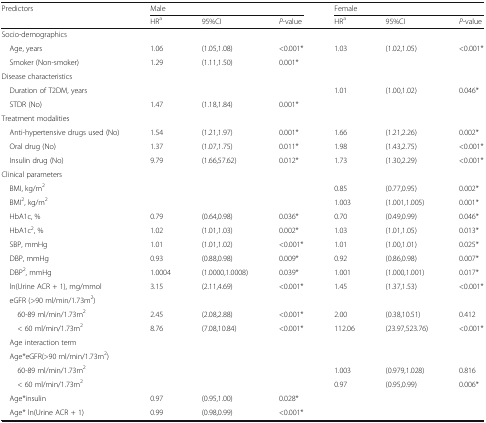
<table><thead><tr><td rowspan="2"><b>Predictors</b></td><td colspan="3"><b>Male</b></td><td colspan="3"><b>Female</b></td></tr><tr><td><b>HR<sup>a</sup></b></td><td><b>95%CI</b></td><td><b><i>P</i>-value</b></td><td><b>HR<sup>a</sup></b></td><td><b>95%CI</b></td><td><b><i>P</i>-value</b></td></tr></thead><tbody><tr><td colspan="7">Socio-demographics</td></tr><tr><td> Age, years</td><td>1.06</td><td>(1.05,1.08)</td><td>&lt;0.001*</td><td>1.03</td><td>(1.02,1.05)</td><td>&lt;0.001*</td></tr><tr><td> Smoker (Non-smoker)</td><td>1.29</td><td>(1.11,1.50)</td><td>0.001*</td><td></td><td></td><td></td></tr><tr><td colspan="7">Disease characteristics</td></tr><tr><td> Duration of T2DM, years</td><td></td><td></td><td></td><td>1.01</td><td>(1.00,1.02)</td><td>0.046*</td></tr><tr><td> STDR (No)</td><td>1.47</td><td>(1.18,1.84)</td><td>0.001*</td><td></td><td></td><td></td></tr><tr><td colspan="7">Treatment modalities</td></tr><tr><td> Anti-hypertensive drugs used (No)</td><td>1.54</td><td>(1.21,1.97)</td><td>0.001*</td><td>1.66</td><td>(1.21,2.26)</td><td>0.002*</td></tr><tr><td> Oral drug (No)</td><td>1.37</td><td>(1.07,1.75)</td><td>0.011*</td><td>1.98</td><td>(1.43,2.75)</td><td>&lt;0.001*</td></tr><tr><td> Insulin drug (No)</td><td>9.79</td><td>(1.66,57.62)</td><td>0.012*</td><td>1.73</td><td>(1.30,2.29)</td><td>&lt;0.001*</td></tr><tr><td colspan="7">Clinical parameters</td></tr><tr><td> BMI, kg/m<sup>2</sup></td><td></td><td></td><td></td><td>0.85</td><td>(0.77,0.95)</td><td>0.002*</td></tr><tr><td> BMI<sup>2</sup>, kg/m<sup>2</sup></td><td></td><td></td><td></td><td>1.003</td><td>(1.001,1.005)</td><td>0.001*</td></tr><tr><td> HbA1c, %</td><td>0.79</td><td>(0.64,0.98)</td><td>0.036*</td><td>0.70</td><td>(0.49,0.99)</td><td>0.046*</td></tr><tr><td> HbA1c<sup>2</sup>, %</td><td>1.02</td><td>(1.01,1.03)</td><td>0.002*</td><td>1.03</td><td>(1.01,1.05)</td><td>0.013*</td></tr><tr><td> SBP, mmHg</td><td>1.01</td><td>(1.01,1.02)</td><td>&lt;0.001*</td><td>1.01</td><td>(1.00,1.01)</td><td>0.025*</td></tr><tr><td> DBP, mmHg</td><td>0.93</td><td>(0.88,0.98)</td><td>0.009*</td><td>0.92</td><td>(0.86,0.98)</td><td>0.007*</td></tr><tr><td> DBP<sup>2</sup>, mmHg</td><td>1.0004</td><td>(1.0000,1.0008)</td><td>0.039*</td><td>1.001</td><td>(1.000,1.001)</td><td>0.017*</td></tr><tr><td> ln(Urine ACR + 1), mg/mmol</td><td>3.15</td><td>(2.11,4.69)</td><td>&lt;0.001*</td><td>1.45</td><td>(1.37,1.53)</td><td>&lt;0.001*</td></tr><tr><td colspan="7"> eGFR (&gt;90 ml/min/1.73m<sup>2</sup>)</td></tr><tr><td>60-89 ml/min/1.73m<sup>2</sup></td><td>2.45</td><td>(2.08,2.88)</td><td>&lt;0.001*</td><td>2.00</td><td>(0.38,10.51)</td><td>0.412</td></tr><tr><td>&lt; 60 ml/min/1.73m<sup>2</sup></td><td>8.76</td><td>(7.08,10.84)</td><td>&lt;0.001*</td><td>112.06</td><td>(23.97,523.76)</td><td>&lt;0.001*</td></tr><tr><td colspan="7"> Age interaction term</td></tr><tr><td colspan="7"> Age*eGFR(&gt;90 ml/min/1.73m<sup>2</sup>)</td></tr><tr><td>60-89 ml/min/1.73m<sup>2</sup></td><td></td><td></td><td></td><td>1.003</td><td>(0.979,1.028)</td><td>0.816</td></tr><tr><td>&lt; 60 ml/min/1.73m<sup>2</sup></td><td></td><td></td><td></td><td>0.97</td><td>(0.95,0.99)</td><td>0.006*</td></tr><tr><td> Age*insulin</td><td>0.97</td><td>(0.95,1.00)</td><td>0.028*</td><td></td><td></td><td></td></tr><tr><td> Age* ln(Urine ACR + 1)</td><td>0.99</td><td>(0.98,0.99)</td><td>&lt;0.001*</td><td></td><td></td><td></td></tr></tbody></table>